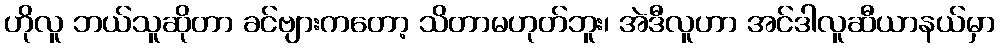
ဟိုလူ ဘယ်သူဆိုတာ ခင်ဗျားကတော့ သိတာမဟုတ်ဘူး၊ အဲဒီလူဟာ အင်ဒါလူဆီယာနယ်မှာ